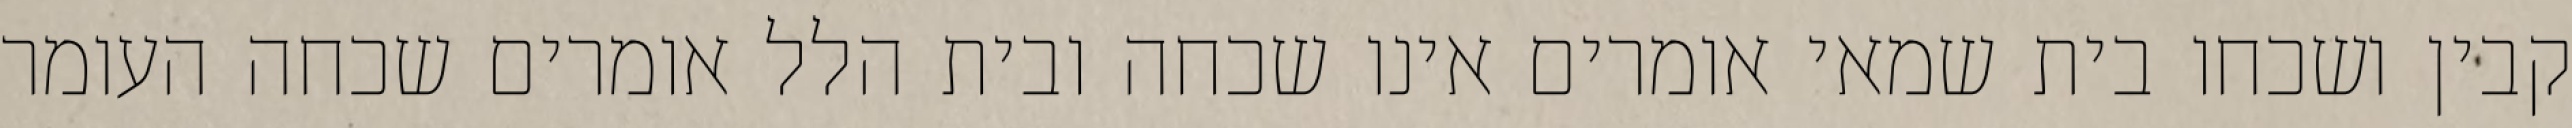
קבין ושכחו בית שמאי אומרים אינו שכחה ובית הלל אומרים שכחה העומר